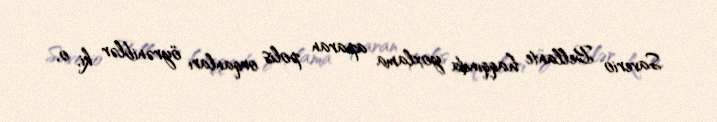
Saverio Bellante haqqında yoxlama aparan polis orqanları öyrəniblər ki, o,